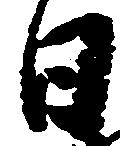
日